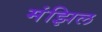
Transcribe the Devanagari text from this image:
मंझिल